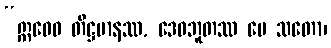
“ဣဓေဝ တိဋ္ဌမာနဿ, ဒေဝဘူတဿ မေ သတော၊